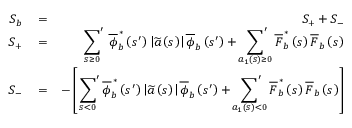
\begin{array} { r l r } { S _ { b } } & { { } = } & { S _ { + } + S _ { - } } \\ { S _ { + } } & { { } = } & { \displaystyle \sideset { } { ' } \sum _ { s \ge 0 } \, \overline { { \phi } } _ { b } ^ { \, \ast } \left( s ^ { \prime } \right) \left| \widetilde { a } \left( s \right) \right| \overline { { \phi } } _ { b } \left( s ^ { \prime } \right) + \displaystyle \sideset { } { ' } \sum _ { a _ { 1 } \left( s \right) \ge 0 } \overline { { F } } _ { b } ^ { \, \ast } \left( s \right) \overline { { F } } _ { b } \left( s \right) } \\ { S _ { - } } & { { } = } & { - \left[ \displaystyle \sideset { } { ' } \sum _ { s < 0 } \overline { { \phi } } _ { b } ^ { \, \ast } \left( s ^ { \prime } \right) \left| \widetilde { a } \left( s \right) \right| \overline { { \phi } } _ { b } \left( s ^ { \prime } \right) + \displaystyle \sideset { } { ' } \sum _ { a _ { 1 } \left( s \right) < 0 } \overline { { F } } _ { b } ^ { \, \ast } \left( s \right) \overline { { F } } _ { b } \left( s \right) \right] } \end{array}